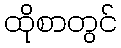
ထိုစာတွင်